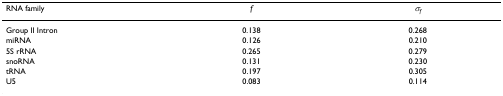
<table><thead><tr><td><b>RNA family</b></td><td><b><i>f</i></b></td><td><b><i>σ</i><sub><i>f</i></sub></b></td></tr></thead><tbody><tr><td>Group II Intron</td><td>0.138</td><td>0.268</td></tr><tr><td>miRNA</td><td>0.126</td><td>0.210</td></tr><tr><td>5S rRNA</td><td>0.265</td><td>0.279</td></tr><tr><td>snoRNA</td><td>0.131</td><td>0.230</td></tr><tr><td>tRNA</td><td>0.197</td><td>0.305</td></tr><tr><td>U5</td><td>0.083</td><td>0.114</td></tr></tbody></table>